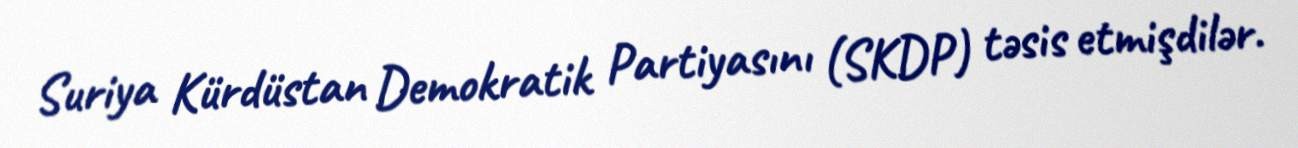
Suriya Kürdüstan Demokratik Partiyasını (SKDP) təsis etmişdilər.